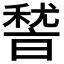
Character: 𮃛